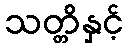
သတ္တိနှင့်